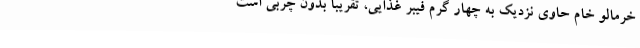
خرمالو خام حاوی نزدیک به چهار گرم فیبر غذایی، تقریبا بدون چربی است